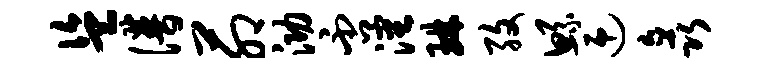
盗谱茆泐否沈琳孜鲧迎矗